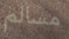
مسالم